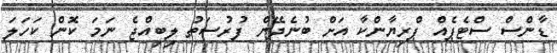
ޑާންސް ސްޓެޕެއް ޕްރިޔާންކާ އަށް ބުނެދޭން ފުރުސަތު ލިބިއްޖެ ނަމަ ކޮން ކަހަލަ